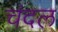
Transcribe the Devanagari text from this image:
चंदल